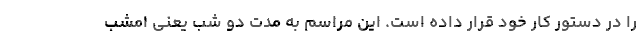
را در دستور کار خود قرار داده است. این مراسم به مدت دو شب یعنی امشب